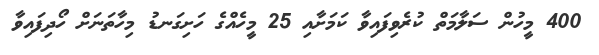
400 މީހުން ސަލާމަތް ކުރެވިފައިވާ ކަމަށާއި 25 މީހެއްގެ ހަށިގަނޑު މިހާތަނަށް ހޯދިފައިވާ